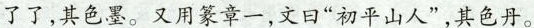
了了，其色墨。又用篆章一，文日”初平山人”，其色丹。